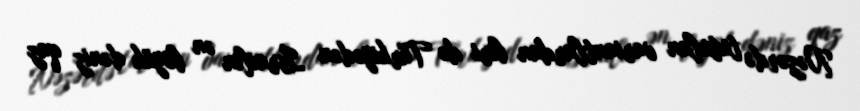
Nəzərdə tutulan variantlardan biri də Türkiyədən İsrailin ən böyük dəniz qaz